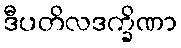
ဒီပတိလဒက္ခိဏာ